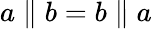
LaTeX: a\parallel b=b\parallel a